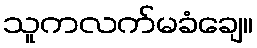
သူကလက်မခံချေ။